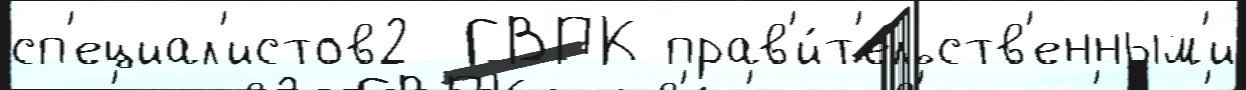
сп'ециал'истов2  ГВПК прав'и́т'ельств'енным'и